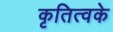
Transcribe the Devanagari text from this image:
कृतित्वके